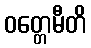
ဝတ္တေမီတိ